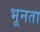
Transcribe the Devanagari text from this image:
भूनता